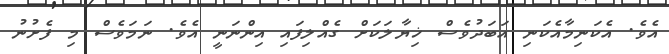
އެވެ. އެކަނިމާއެކަނި އަބަދުވެސް ޚިޔާލަކަށް ގެއްލިފައި އިންނަނީ އެވެ. ނަމަވެސް މި ފެށުނު